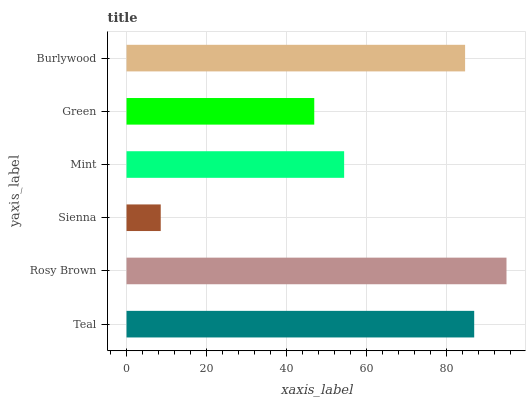
| yaxis_label | bars |
 | --- | --- |
 | Teal | 86.9 |
 | Rosy Brown | 95 |
 | Sienna | 8.56 |
 | Mint | 54.4 |
 | Green | 46.9 |
 | Burlywood | 84.7 |